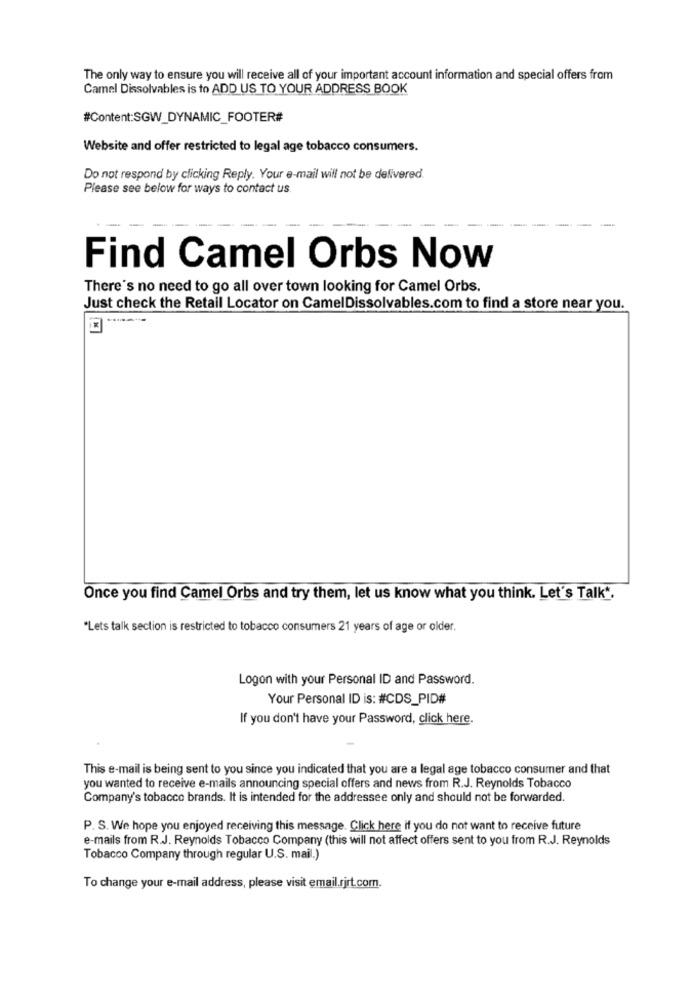
The only way to ensure you will receive all of your important account information and special offers from
Camel Dissolvables is to ADD US TO YOUR ADDRESS BOOK
#Content:SGW_DYNAMIC_FOOTER#
Website and offer restricted to legal age tobacco consumers.
Do not respond by clicking Reply. Your e-mail will not be delivered.
Please see below for ways to contact us.
-
Find Camel Orbs Now
There's no need to go all over town looking for Camel Orbs.
Just check the Retail Locator on CamelDissolvables.com to find a store near you.
Once you find Camel Orbs and try them, let us know what you think. Let's Talk".
"Lets talk section is restricted to tobacco consumers 21 years of age or older.
Logon with your Personal ID and Password.
Your Personal ID is: #CDS_PID#
If you don't have your Password, click here.
This e-mail is being sent to you since you indicated that you are a legal age tobacco consumer and that
you wanted to receive e-mails announcing special offers and news from R.J. Reynolds Tobacco
Company's tobacco brands. It is intended for the addressee only and should not be forwarded.
P. S. We hope you enjoyed receiving this message. Click here if you do not want to receive future
e-mails from R.J. Reynolds Tobacco Company (this will not affect offers sent to you from R.J. Reynolds
Tobacco Company through regular U.S. mail.)
To change your e-mail address, please visit email.rjrt.com.